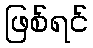
ဖြစ်ရင်